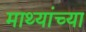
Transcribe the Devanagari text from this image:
माथ्यांच्या